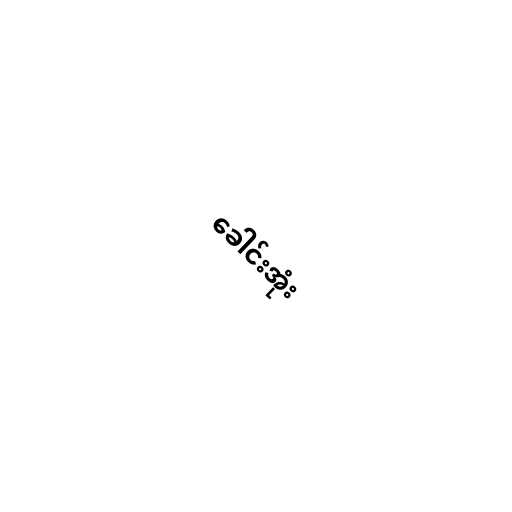
ခေါင်းအုံး